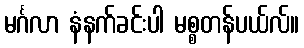
မင်္ဂလာ နံနက်ခင်းပါ မစ္စတန်ပယ်လ်။